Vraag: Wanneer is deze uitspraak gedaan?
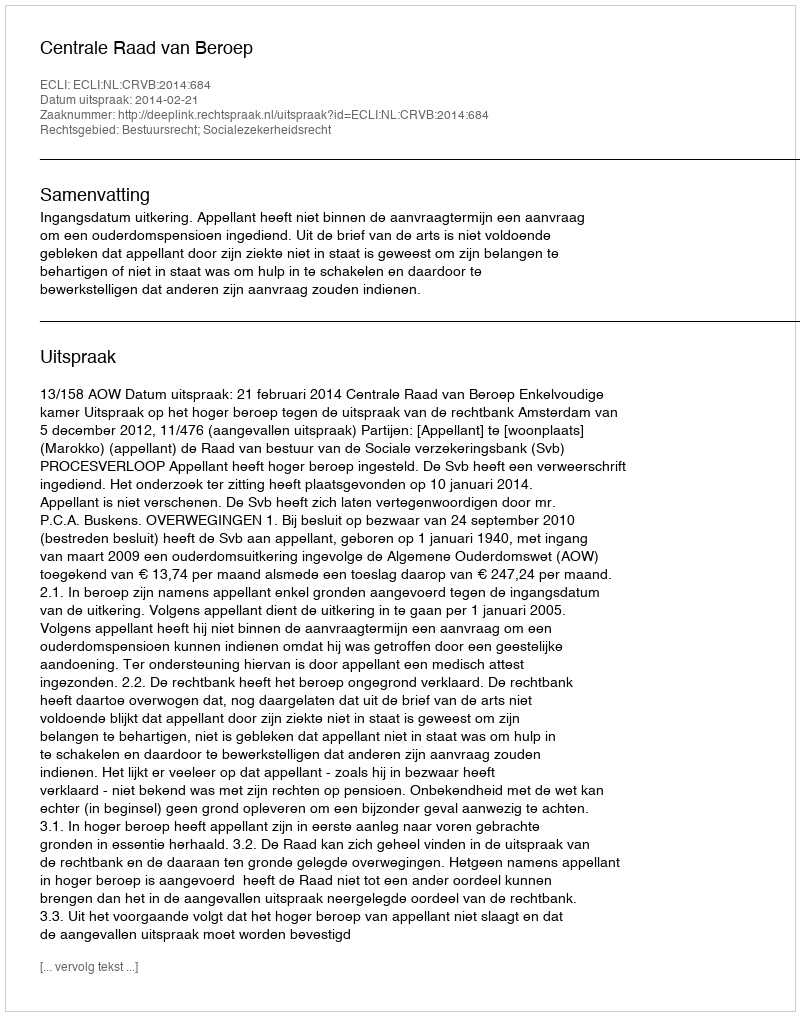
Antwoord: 2014-02-21